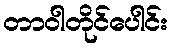
တာဝါတိုင်ပေါင်း